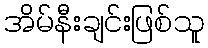
အိမ်နီးချင်းဖြစ်သူ